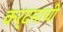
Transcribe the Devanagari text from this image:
कर्दमाची